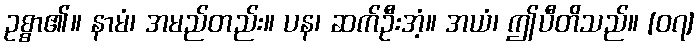
ဥစ္စာ၏။ နာမံ၊ အမည်တည်း။ ပန၊ ဆက်ဦးအံ့။ အယံ၊ ဤပီတိသည်။ [၀၇]